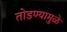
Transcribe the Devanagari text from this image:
तोडण्यामुळे